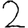
Digit: 2